Annual report of the Punjab Veterinary College and of the Civil Veterinary Department, Punjab - 1926-1932
Year: 1926
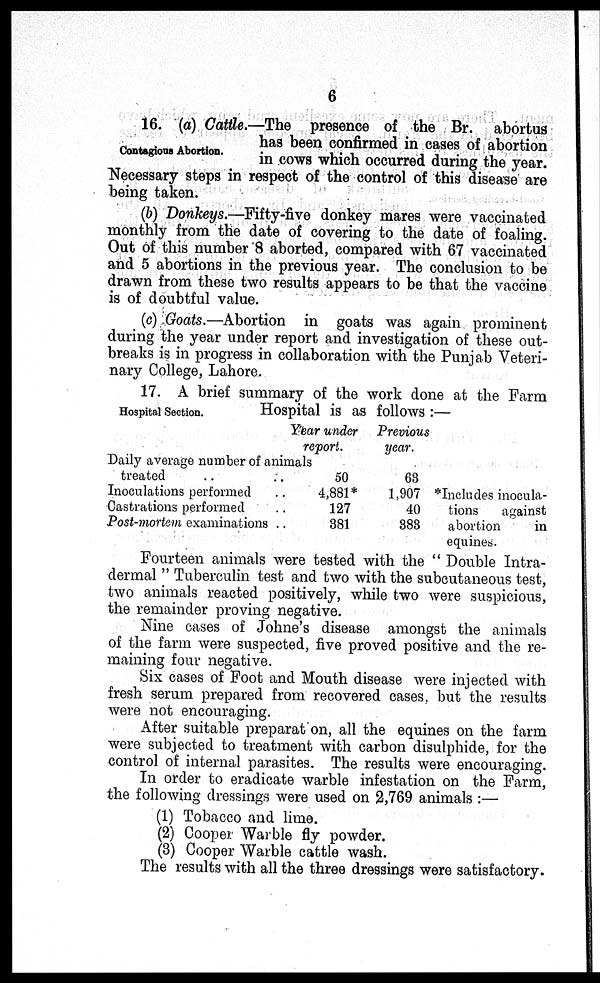
6
Contagious Abortion.
16. (a) Cattle.—The presence of the Br. abortus
has been confirmed in cases of abortion
in cows which occurred during the year.
Necessary steps in respect of the control of this disease are
being taken.
(b) Donkeys.—Fifty-five donkey mares were vaccinated
monthly from the date of covering to the date of foaling.
Out of this number 8 aborted, compared with 67 vaccinated
and 5 abortions in the previous year. The conclusion to be
drawn from these two results appears to be that the vaccine
is of doubtful value.
(c) Goats.—Abortion in goats was again prominent
during the year under report and investigation of these out-
breaks is in progress in collaboration with the Punjab Veteri-
nary College, Lahore.
Hospital Section.
17. A brief summary of the work done at the Farm
Hospital is as follows:—
Year under
report.
Daily average number of animals
treated ..
Inoculations performed
Castrations performed
Post-mortem examinations
..
..
..
..
50
4,881*
127
381
Previous
year.
63
1,907
40
383
*Includes inocula-
tions
against
abortion
in
equines.
Fourteen animals were tested with the "Double Intra-
dermal" Tuberculin test and two with the subcutaneous test,
two animals reacted positively, while two were suspicious,
the remainder proving negative.
Nine cases of Johne's disease amongst the animals
of the farm were suspected, five proved positive and the re-
maining four negative.
Six cases of Foot and Mouth disease were injected with
fresh serum prepared from recovered cases, but the results
were not encouraging.
After suitable preparat on, all the equines on the farm
were subjected to treatment with carbon disulphide, for the
control of internal parasites. The results were encouraging.
In order to eradicate warble infestation on the Farm,
the following dressings were used on 2,769 animals:—
(1) Tobacco and lime.
(2) Cooper Warble fly powder.
(3) Cooper Warble cattle wash.
The results with all the three dressings were satisfactory.